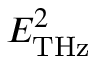
E _ { \mathrm { T H z } } ^ { 2 }